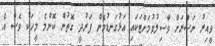
ވީއިރު ނަސްރަށް ވާސިލުވުމަށްޓަކައި އަޅުގަނޑުމެން ފަރުދީ ގޮތުން ކޮންމެ މީހަކު ވެސް އެ